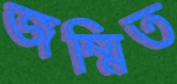
জম্মিত